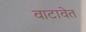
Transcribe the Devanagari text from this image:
वाटावेत